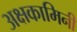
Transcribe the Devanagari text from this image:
अक्षकामिनी